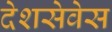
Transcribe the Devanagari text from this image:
देशसेवेस